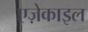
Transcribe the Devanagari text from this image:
एज़ेकाइल